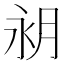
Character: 𪵵